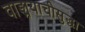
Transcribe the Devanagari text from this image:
वाङ्मयाचीसुद्धा